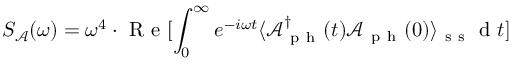
S _ { \mathcal { A } } ( \omega ) = \omega ^ { 4 } \cdot \mathrm { ~ R ~ e ~ } [ \int _ { 0 } ^ { \infty } e ^ { - i \omega t } \langle \mathcal { A } _ { \mathrm { ~ p ~ h ~ } } ^ { \dagger } ( t ) \mathcal { A } _ { \mathrm { ~ p ~ h ~ } } ( 0 ) \rangle _ { \mathrm { ~ s ~ s ~ } } \mathrm { ~ d ~ } t ]